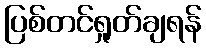
ပြစ်တင်ရှုတ်ချရန်